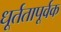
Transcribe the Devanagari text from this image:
धूर्ततापूर्वक